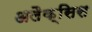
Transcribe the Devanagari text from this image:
अलैक्सिस